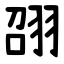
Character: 䎄